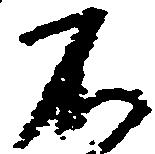
不